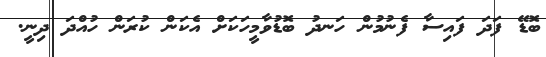
ބޮޑޭ ފަދަ ފައިސާ ފެނުމުން ހަނދު ބޮޑުވާމީހަކަށް އެކަން ކުރަން ހުއްދަ ދިނީ.